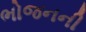
ભોજનની